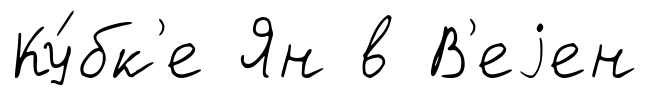
Ку́бк'е Ян в В'еjен